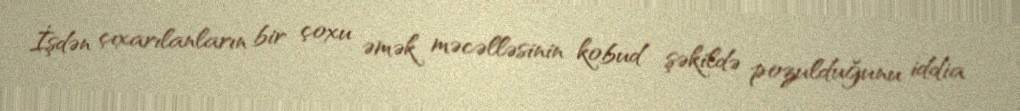
İşdən çıxarılanların bir çoxu əmək məcəlləsinin kobud şəkildə pozulduğunu iddia